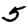
Digit: 5